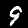
Label: 9